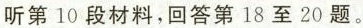
听第10段材料,回答第18至20题.。